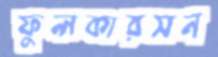
ফুলকারসন